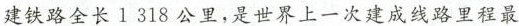
建铁路全长1318公里，是世界上一次建成线路里程最